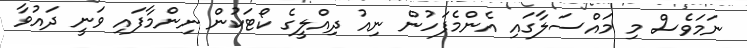
ނަމަވެސް މި މައްސަލާގައި އެންމެފަހުން ނިއު ދިއްލީގެ ކޯޓަކުން ނިންމާފައި ވަނީ ދައުވާ